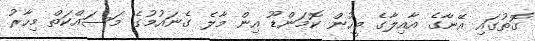
ގޮތުގައި އޭނާގެ އާއިލާގެ މީހުން ކޮމަންޑޫ އިން މާލެ ގެނައުމުގެ މަސައްކަތް މިހާރު